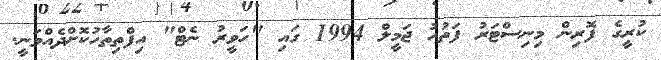
ކުރީގެ ފޮރިން މިނިސްޓަރު ފަތުހު ޖަމީލް 1994 ގައި "ހަވީރު ނެޓް" އިފްތިތާހުކޮށްދެއްވަނީ.